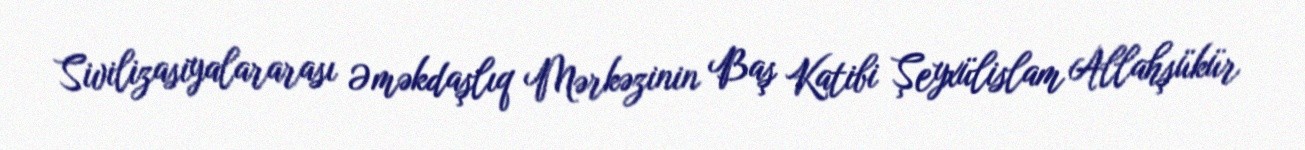
Sivilizasiyalararası Əməkdaşlıq Mərkəzinin Baş Katibi Şeyxülislam Allahşükür